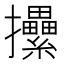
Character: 𢺢